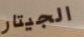
الجيتار